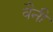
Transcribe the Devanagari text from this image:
बैनी